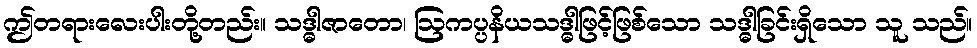
ဤတရားလေးပါးတို့တည်း။ သဒ္ဓါဇာတော၊ ဩကပ္ပနိယသဒ္ဓါဖြင့်ဖြစ်သော သဒ္ဓါခြင်းရှိသော သူ သည်။